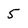
Character: 5